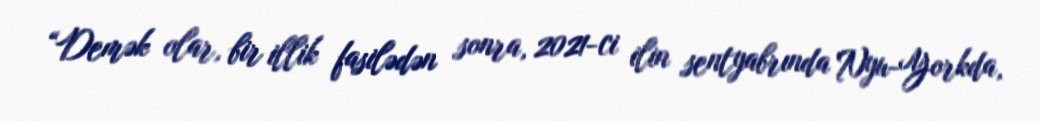
“Demək olar, bir illik fasilədən sonra, 2021-ci ilin sentyabrında Nyu-Yorkda,